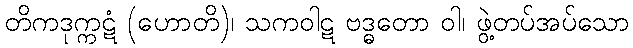
တိကဒုက္ကဋံ (ဟောတိ)၊ သကဝါဋ ဗဒ္ဓတော ဝါ၊ ဖွဲ့တပ်အပ်သော